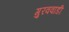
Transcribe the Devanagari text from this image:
गुरववाडी